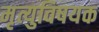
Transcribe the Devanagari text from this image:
मृत्युविषयक